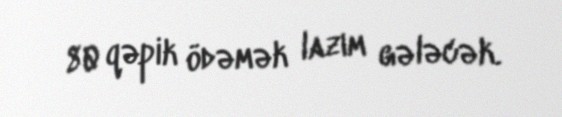
80 qəpik ödəmək lazım gələcək.